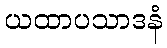
ယထာပသာဒနံ